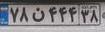
۷۸ن۴۴۴۳۸